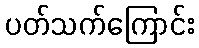
ပတ်သက်ကြောင်း